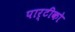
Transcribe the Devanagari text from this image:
पार्टीको